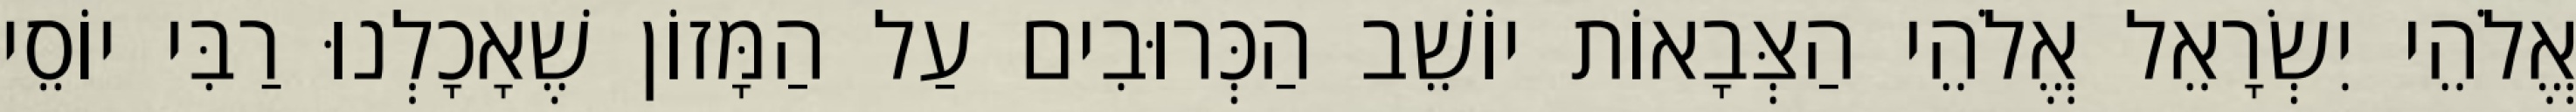
אֱלֹהֵי יִשְׂרָאֵל אֱלֹהֵי הַצְּבָאוֹת יוֹשֵׁב הַכְּרוּבִים עַל הַמָּזוֹן שֶׁאָכָלְנוּ רַבִּי יוֹסֵי